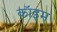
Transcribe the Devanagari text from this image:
कॉइम